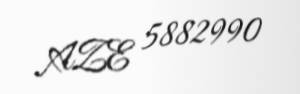
AZE 5882990